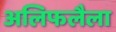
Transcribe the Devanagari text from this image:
अलिफलैला